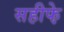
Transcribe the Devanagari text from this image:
सहीफे़